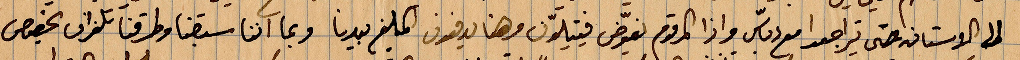
الى الاستانة حتى يتراجعوا مع دباس واذا المرقوم تعوّض فيتلينون وهنا يدفعون المبلغ بيدنا وبما اننا سبقنا وطرقنا تلغراف بخصوص